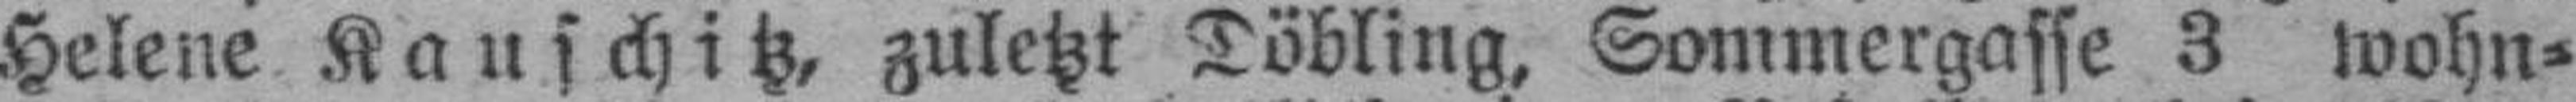
Helene Kauschitz, zuletzt Döbling, Sommergasse 3 wohn¬